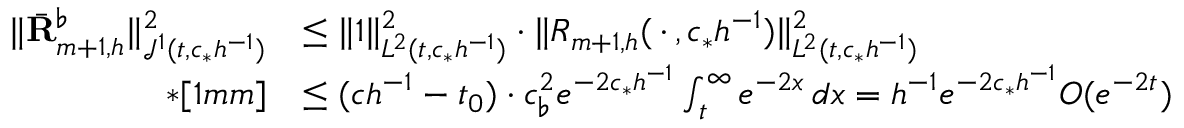
\begin{array} { r l } { \| \bar { \mathbf R } _ { m + 1 , h } ^ { \flat } \| _ { { \mathcal J } ^ { 1 } ( t , c _ { * } h ^ { - 1 } ) } ^ { 2 } } & { \leq \| 1 \| _ { L ^ { 2 } ( t , c _ { * } h ^ { - 1 } ) } ^ { 2 } \cdot \| R _ { m + 1 , h } ( \, \cdot \, , c _ { * } h ^ { - 1 } ) \| _ { L ^ { 2 } ( t , c _ { * } h ^ { - 1 } ) } ^ { 2 } } \\ { * [ 1 m m ] } & { \leq ( c h ^ { - 1 } - t _ { 0 } ) \cdot c _ { \flat } ^ { 2 } e ^ { - 2 c _ { * } h ^ { - 1 } } \int _ { t } ^ { \infty } e ^ { - 2 x } \, d x = h ^ { - 1 } e ^ { - 2 c _ { * } h ^ { - 1 } } O ( e ^ { - 2 t } ) } \end{array}